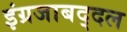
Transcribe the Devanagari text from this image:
इंग्रजाबद्दल